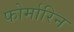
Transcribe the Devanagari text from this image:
फोर्मारिन